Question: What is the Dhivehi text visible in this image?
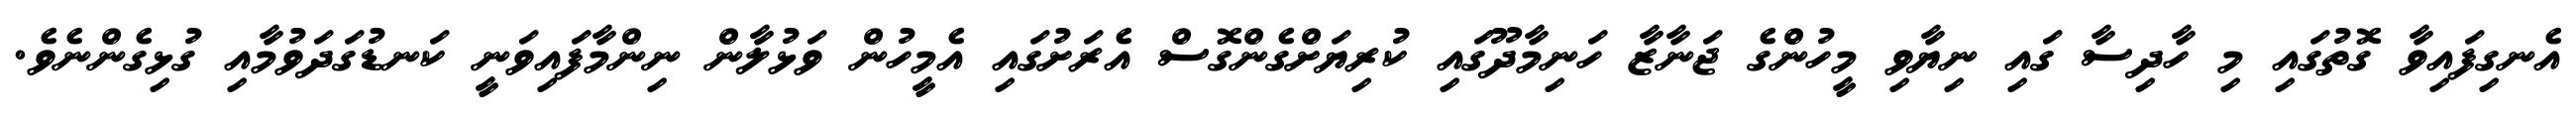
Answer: އެނގިފައިވާ ގޮތުގައި މި ހާދިސާ ގައި ނިޔާވި މީހުންގެ ޖަނާޒާ ހަނިމާދޫގައި ކުރިޔަށްގެންގޮސް އެރަށުގައި އެމީހުން ވަޅުލާން ނިންމާފައިވަނީ ކަނޑުގަދަވުމާއި ގުޅިގެންނެވެ.